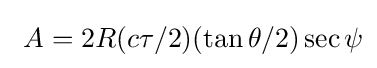
\ A=2R(c\tau /2)(\tan \theta /2)\sec \psi